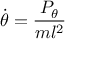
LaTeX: { \dot { \theta } } = { \frac { P _ { \theta } } { m l ^ { 2 } } }